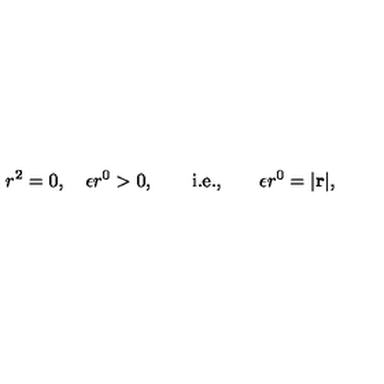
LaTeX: r ^ { 2 } = 0 , \quad \epsilon r ^ { 0 } > 0 , \qquad \mathrm { i . e . , } \qquad \epsilon r ^ { 0 } = | \bf r | ,